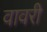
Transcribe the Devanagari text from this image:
वावरी